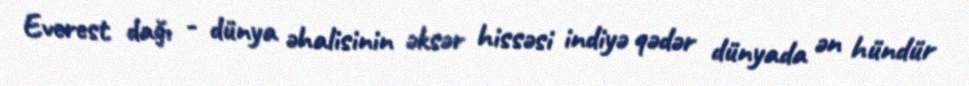
Everest dağı - dünya əhalisinin əksər hissəsi indiyə qədər dünyada ən hündür